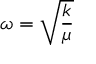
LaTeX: \omega = { \sqrt { \frac { k } { \mu } } }